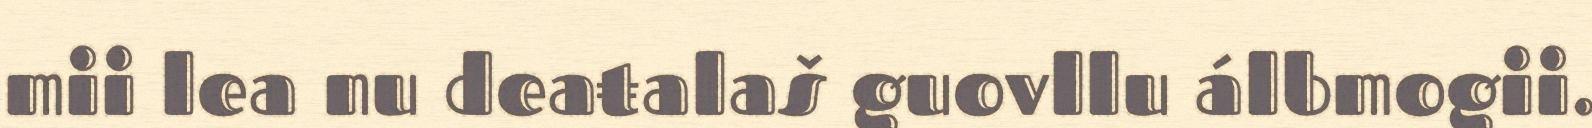
mii lea nu deaŧalaš guovllu álbmogii.